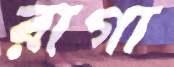
রাগা